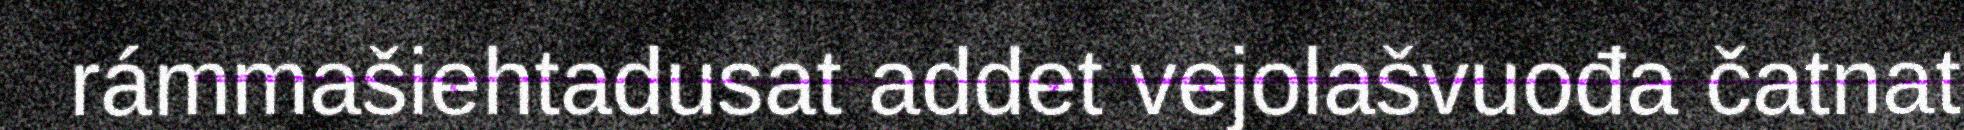
rámmašiehtadusat addet vejolašvuođa čatnat